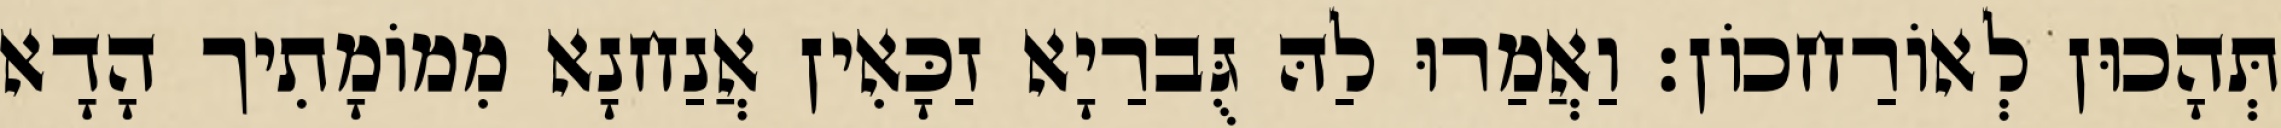
תְּהָכוּן לְאוֹרַחכוֹן׃ וַאֲמַרוּ לַהּ גֻּברַיָא זַכָּאִין אֲנַחנָא מִמוֹמָתִיך הָדָא